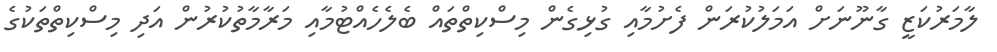
ލާމަރުކަޒީ ގާނޫނަށް އަމަލުކުރަން ފެށުމާއި ގުޅިގެން މިސްކިތްތައް ބެލެހެއްޓުމާއި މަރާމާތުކުރުން އަދި މިސްކިތްތަކުގެ